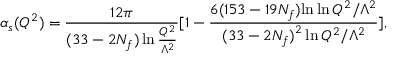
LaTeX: \alpha _ { s } ( Q ^ { 2 } ) = { \frac { 1 2 \pi } { ( 3 3 - 2 N _ { f } ) \ln { \frac { Q ^ { 2 } } { \Lambda ^ { 2 } } } } } [ 1 - { \frac { 6 ( 1 5 3 - 1 9 N _ { f } ) { \ln \ln { Q ^ { 2 } / { \Lambda ^ { 2 } } } } } { { ( 3 3 - 2 N _ { f } ) } ^ { 2 } \ln { Q ^ { 2 } / \Lambda ^ { 2 } } } } ] ,